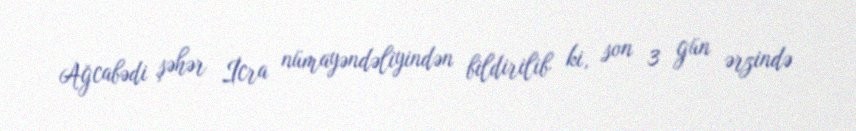
Ağcabədi şəhər İcra nümayəndəliyindən bildirilib ki, son 3 gün ərzində